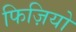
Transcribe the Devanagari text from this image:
फिज़ियो